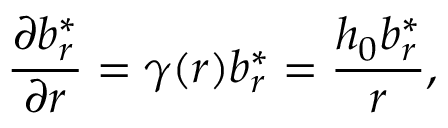
\frac { \partial b _ { r } ^ { * } } { \partial r } = \gamma ( r ) b _ { r } ^ { * } = \frac { h _ { 0 } b _ { r } ^ { * } } { r } ,